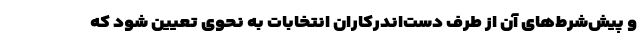
و پیش‌شرط‌های آن از طرف دست‌اندرکاران انتخابات به نحوی تعیین شود که